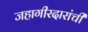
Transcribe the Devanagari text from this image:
जहागीरदारांची